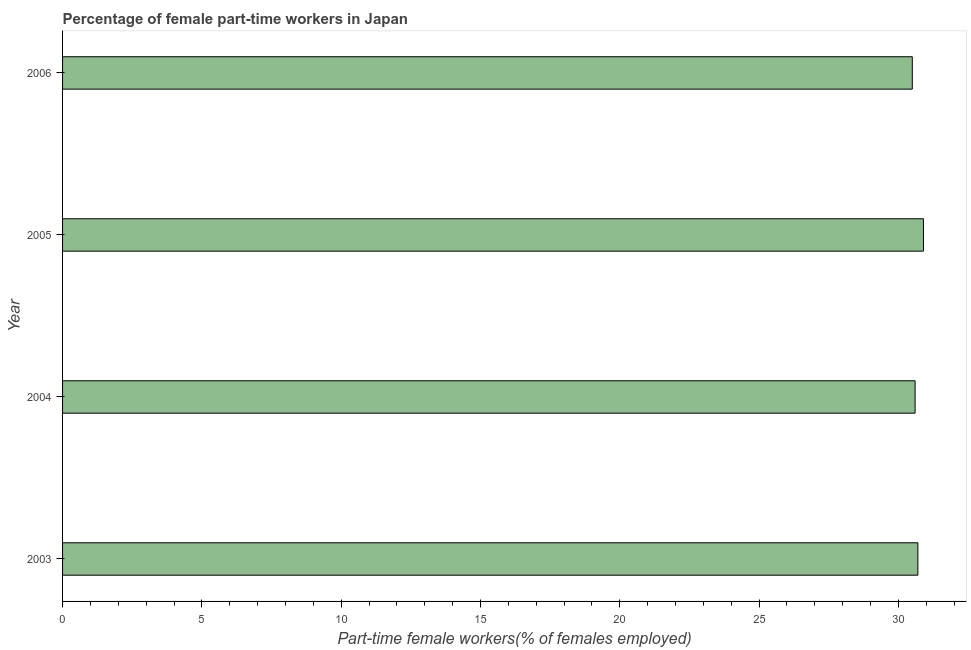
| Year | Part time employment |
 | --- | --- |
 | 2003 | 30.7 |
 | 2004 | 30.6 |
 | 2005 | 30.9 |
 | 2006 | 30.5 |